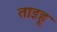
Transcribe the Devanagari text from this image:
ताइहू